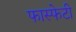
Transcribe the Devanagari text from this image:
फास्फेटी